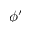
\phi ^ { \prime }